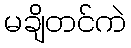
မချိတင်ကဲ